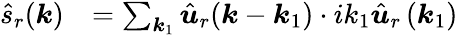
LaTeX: \begin{array}{ll}{\hat{s}_{r}(\boldsymbol k)}&{=\sum_{\boldsymbol k_{1}}\hat{\boldsymbol u}_{r}(\boldsymbol k-\boldsymbol k_{1})\cdot ik_{1}\hat{\boldsymbol u}_{r}\left(\boldsymbol k_{1}\right)}\end{array}